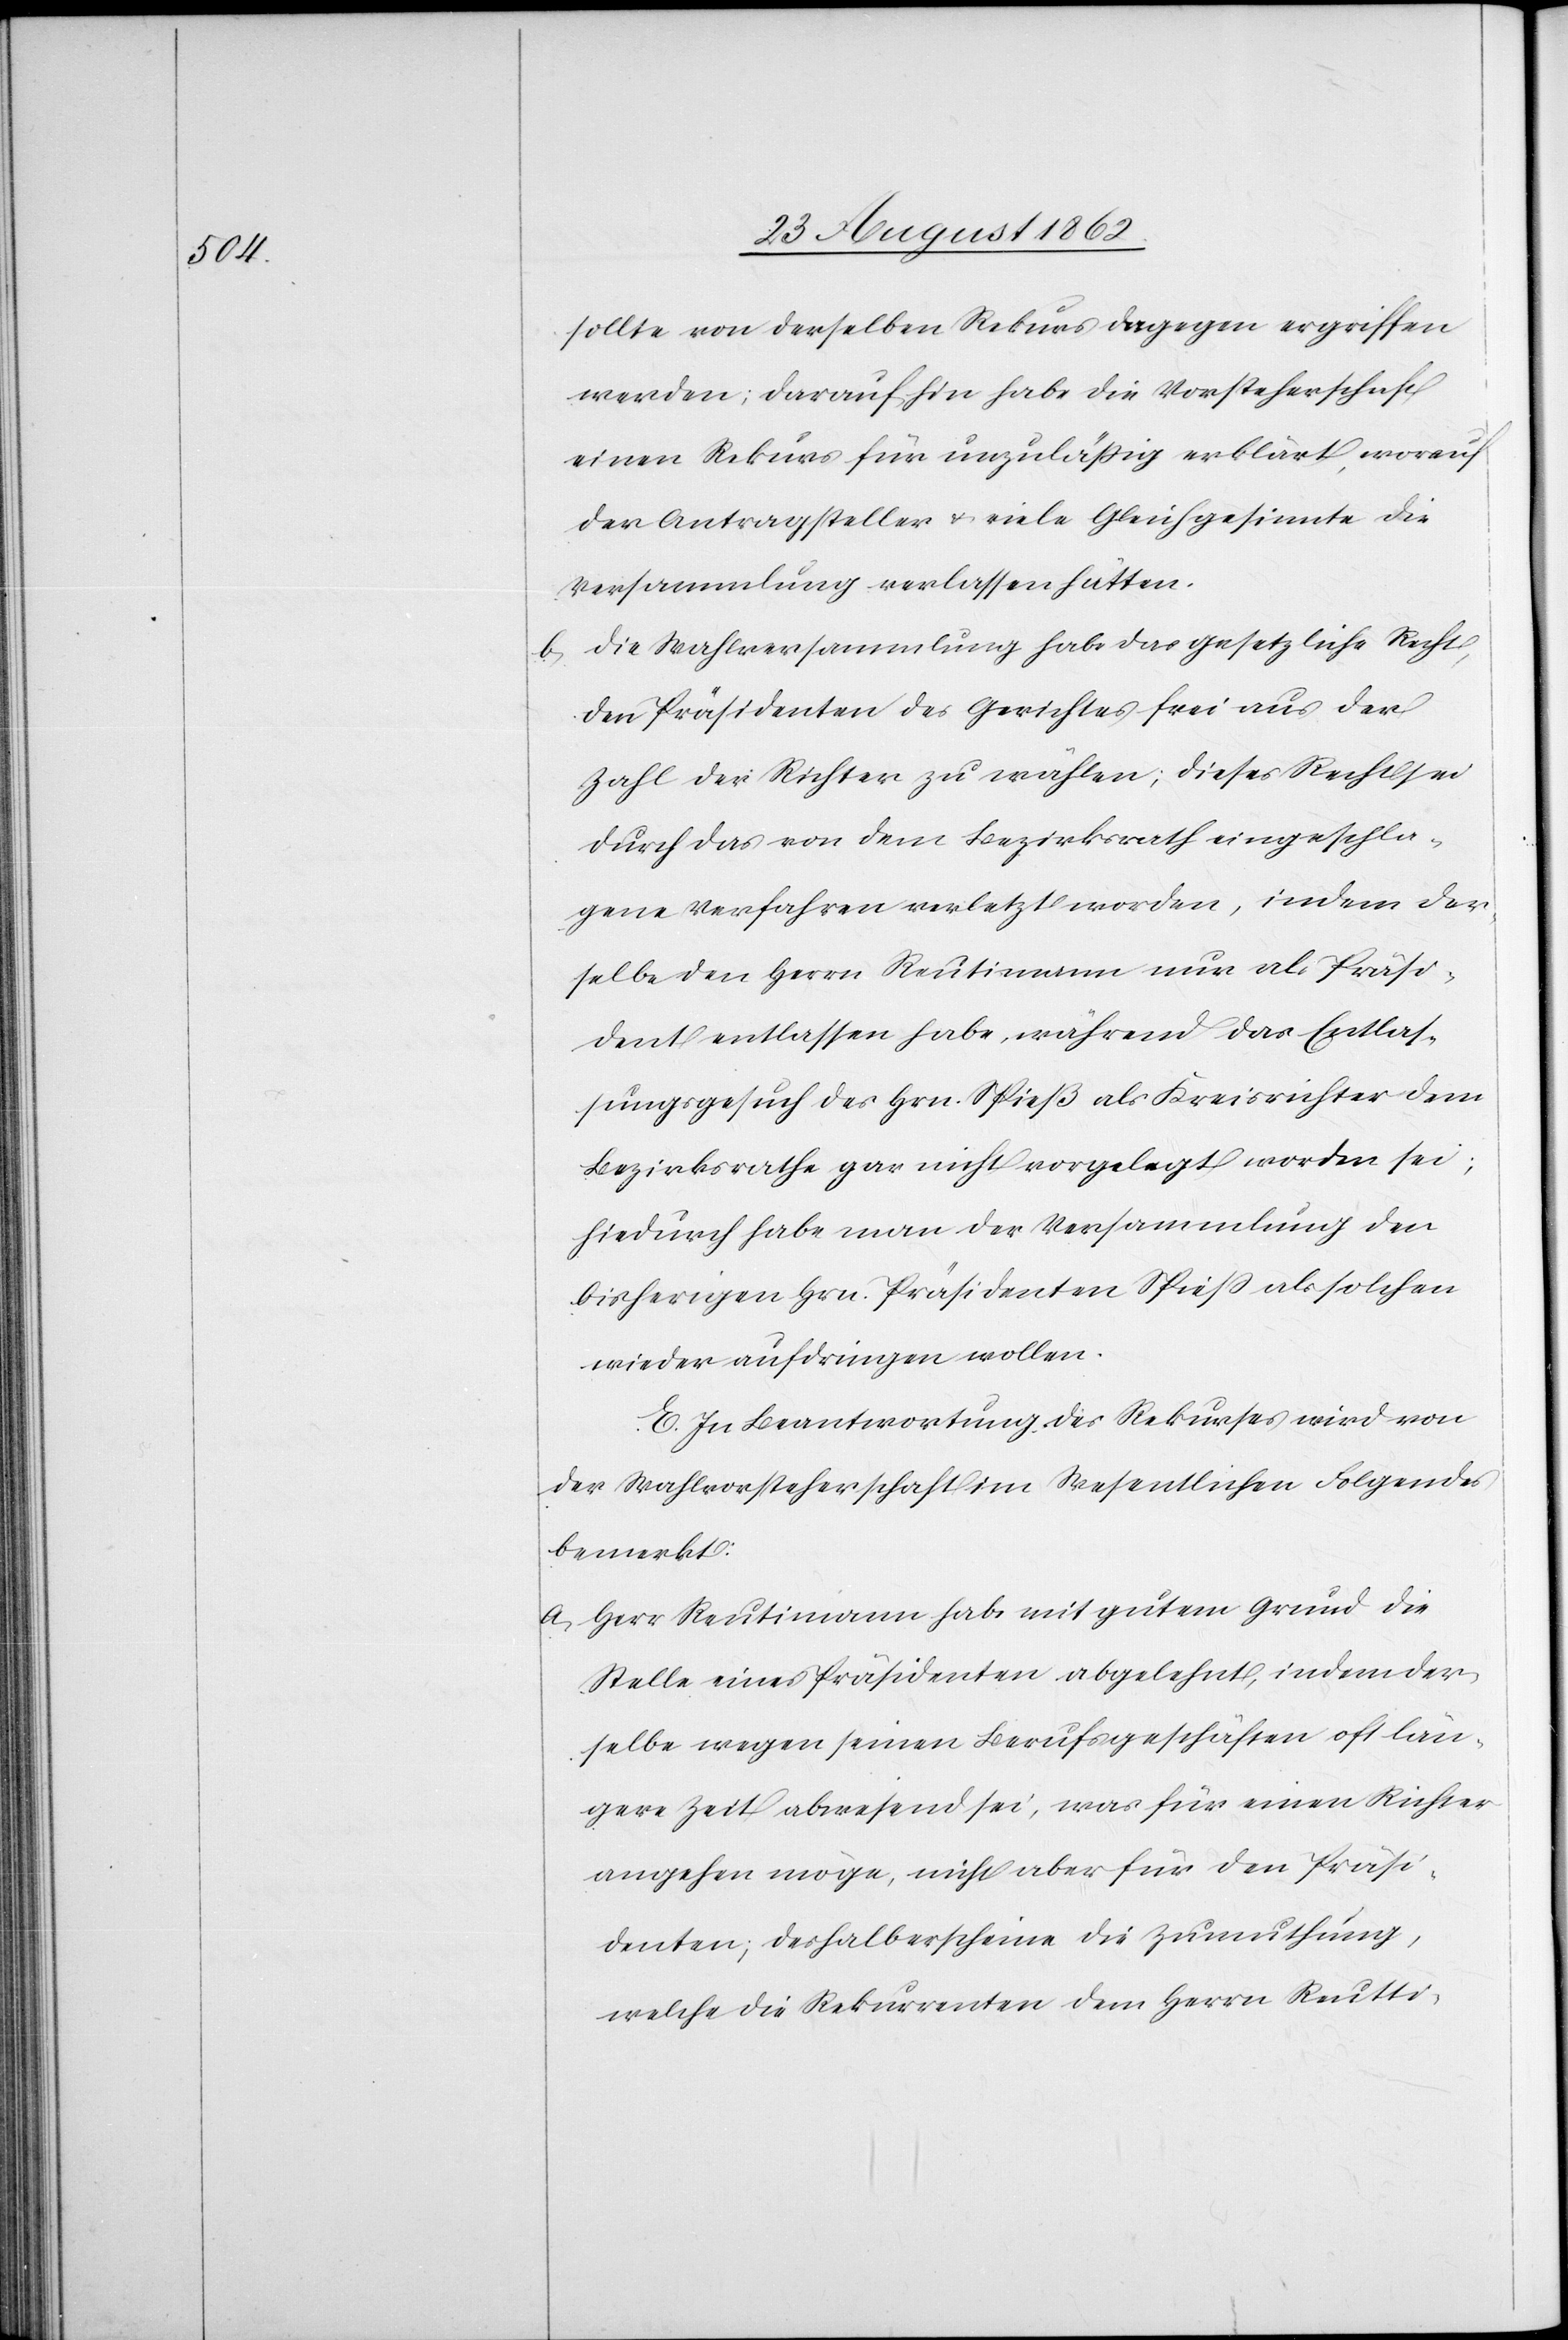
sollte von derselben Rekurs dagegen ergriffen
werden; darauf hin habe die Vorsteherschaft
einen Rekurs für unzuläßig erklärt, worauf
der Antragsteller u. viele Gleichgesinnte die
Versammlung verlassen hätten.
b. Die Wahlversammlung habe das gesetzliche Recht,
den Präsidenten des Gerichtes frei aus der
Zahl der Richter zu wählen; dieses Recht sei
durch das von dem Bezirksrath eingeschla¬
gene Verfahren verletzt worden, indem der¬
selbe den Herrn Reutimann nur als Präsi¬
dent entlassen habe, während das Entlas¬
sungsgesuch des Hrn. Spieß als Kreisrichter dem
Bezirksrathe gar nicht vorgelegt worden sei;
hiedurch habe man der Versammlung den
bisherigen Hrn. Präsidenten Spieß als solchen
wieder aufdringen wollen.
E. In Beantwortung des Rekurses wird von
der Wahlvorsteherschaft im Wesentlichen Folgendes
bemerkt:
a. Herr Reutimann habe mit gutem Grund die
Stelle eines Präsidenten abgelehnt, indem der¬
selbe wegen seinen Berufsgeschäften oft län¬
gere Zeit abwesend sei, was für einen Richter
angehen möge, nicht aber für den Präsi¬
denten; deshalb erscheine die Zumuthung,
welche die Rekurrenten dem Herrn Reutti-